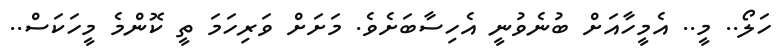
ހަލޯ.. މީ.. އެމީހާއަށް ބުނެވުނީ އެހިސާބަށެވެ. މަށަށް ވަރިހަމަ ތީ ކޮންމެ މީހަކަސް..